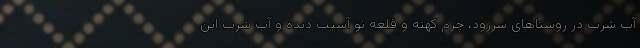
آب شرب در روستاهای سررود، چرم کهنه و قلعه نو آسیب دیده و آب شرب این